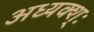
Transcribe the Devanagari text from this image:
अध्यक्श्ः